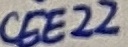
Text: CEE22